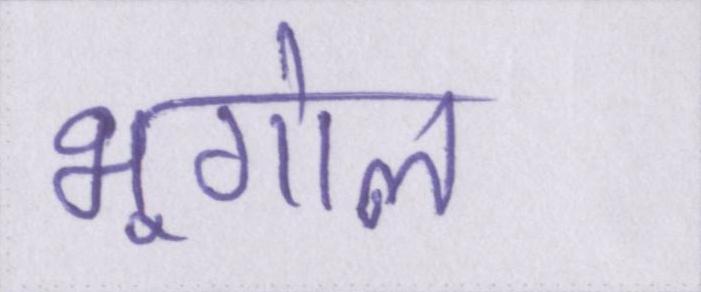
भूगोल